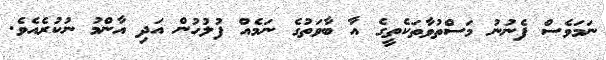
ނަމަވެސް ފެނުނު މަސްތުވާތަކެތީގެ އާ ބާވަތުގެ ނަމެއް ފުލުހުން އަދި އާންމު ނުކުރެއެެވެ.